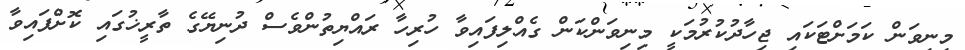
މިނިވަން ކަމަށްޓަކައި ޖިހާދުކުރުމަކީ މިނިވަންކަން ގެއްލިފައިވާ ހުރިހާ ރައްޔިތުންވެސް ދުނިޔޭގެ ތާރީޚުގައި ކޮށްފައިވާ